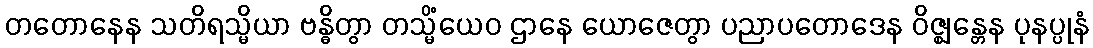
တတောနေန သတိရသ္မိယာ ဗန္ဓိတွာ တသ္မိံယေဝ ဌာနေ ယောဇေတွာ ပညာပတောဒေန ဝိဇ္ဈန္တေန ပုနပ္ပုနံ